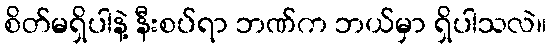
စိတ်မရှိပါနဲ့ နီးစပ်ရာ ဘဏ်က ဘယ်မှာ ရှိပါသလဲ။